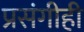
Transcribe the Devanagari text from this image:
प्रसंगीही